Indian Medical Review
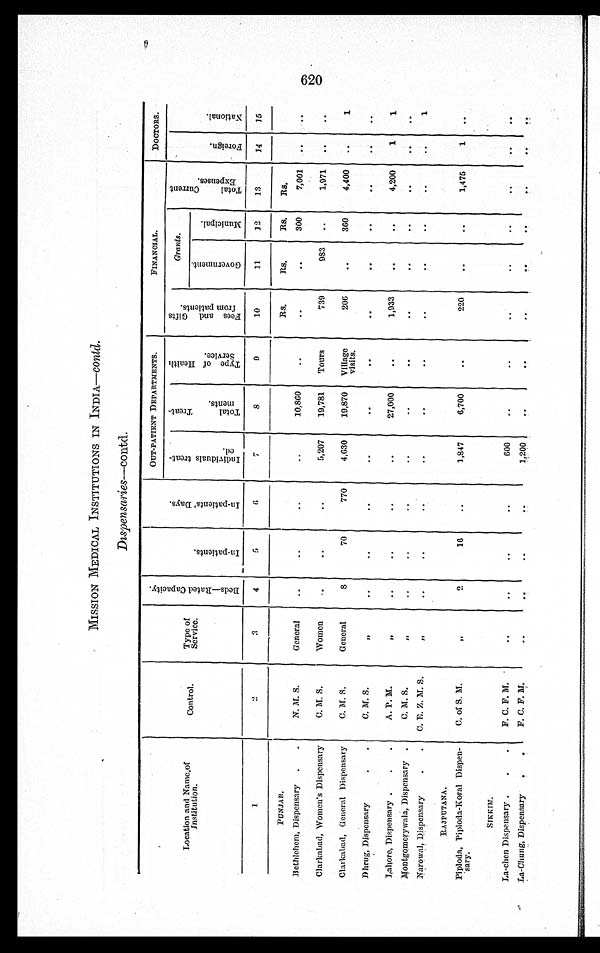
MISSION MEDICAL INSTITUTIONS IN INDIA—contd.
Dispensaries—contd.
Location and Name of
Institution.
Control.
Type of
Service.
B e d s — R a t e d C a p a c i t y .
I n - P a t i e n t s .
I n - P a t i e n t s ' D a y s .
OUT-PATIENT DEPARTMENTS.
FINANCIAL.
DOCTORS.
I n d i v i d u a l s t r e a t - e d .
T o t a l T r e a t - m e n t s .
T y p e o f H e a l t h S e r v i c e .
F e e s a n d G i f t s f r o m p a t i e n t s .
Grants.
T o t a l C u r r e n t E x p e n s e s .
For e i gn.
Na t i o n a l .
G o v e r n m e n t .
Muni ci pal .
1
2 3
4
5
6
7
8
9
10
11
12
13
14
15
PUNJAB.
Rs.
Rs.
R s . Rs.
Bethlehem, Dispensary
N. M. S.
General
10,860
300
7,001
Clarkabad, Women's Dispensary
C. M. S.
Women
5,207 19,781 Tours
739
983
1,971
Clarkabad, General Dispensary
C. M. S.
General
8
70
770
4,630
19,870 Village
visits.
206
360
4,400
1
Dhrug, Dispensary
C. M. S.
„
Lahore, Dispensary
A. P. M.
„
27,000
1,933
4,200
1
1
Montgomerywala, Dispensary
C. M. S.
„
Narowal, Dispensary
C. E. Z. M. S.
„
1
R A J P U T A N A .
Piploda, Piploda-Koral Dispen-
s a r y .
C. of S. M.
„
2
16
1,847
6,700
220
1,475
1
SIKKIM.
La-chen Dispensary
F. C. F. M.
600
La-Chung, Dispensary
F. C. F. M.
1,200
620